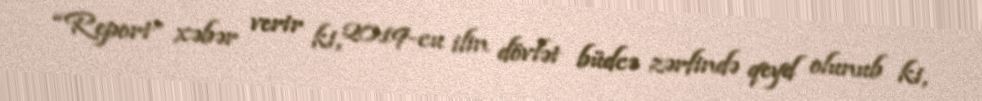
“Report” xəbər verir ki, 2019-cu ilin dövlət büdcə zərfində qeyd olunub ki,